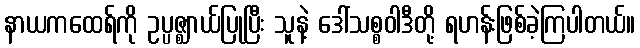
နာယကထေရ်ကို ဥပ္ပဇ္ဈာယ်ပြုပြီး သူနဲ့ ဒေါ်သစ္စဝါဒီတို့ ရဟန်းဖြစ်ခဲ့ကြပါတယ်။